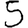
Digit: 5